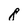
Character: 8